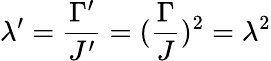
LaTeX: \lambda^{\prime}=\frac{\Gamma^{\prime}}{J^{\prime}}=(\frac{\Gamma}{J})^{2}=\lambda^{2}